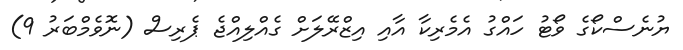
ޔުނެސްކޯގެ ވޯޓު ހައްގު އެމެރިކާ އާއި އިޒްރޭލަށް ގެއްލިއްޖެ ޕެރިސް (ނޮވެމްބަރު 9)